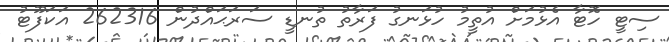
ސިޓީ ހޮޓާ އެޅުމަށް އުތީމު ހުޅަނގު ފަރާތު ތުނޑީ ސަރަޙައްދުން 262316 އަކަފޫޓު